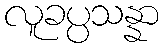
လူခပ္ပသန္နာ